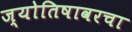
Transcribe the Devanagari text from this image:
ज्योतिषावरचा